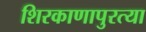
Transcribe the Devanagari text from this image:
शिरकाणापुरत्या